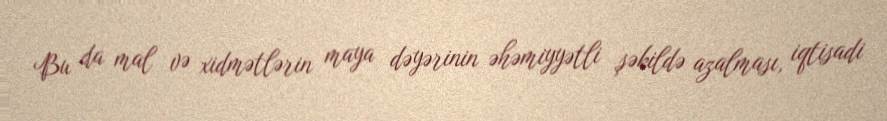
Bu da mal və xidmətlərin maya dəyərinin əhəmiyyətli şəkildə azalması, iqtisadi